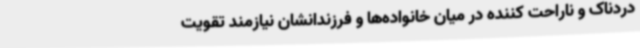
دردناک و ناراحت کننده در میان خانواده‌ها و فرزندانشان نیازمند تقویت